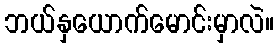
ဘယ်နှယောက်မောင်းမှာလဲ။